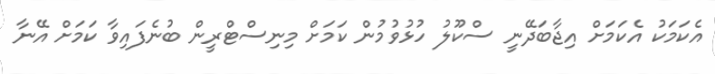
އެކަމަކު އެކަމަށް އިޖާބަދޭނީ ސްކޫލު ހުޅުވުމުން ކަމަށް މިނިސްޓްރީން ބުނެފައިވާ ކަމަށް އޭނާ